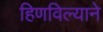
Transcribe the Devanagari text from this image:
हिणविल्याने